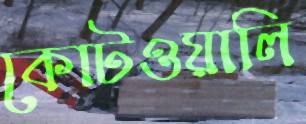
কোটওয়ালি